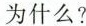
为什么?